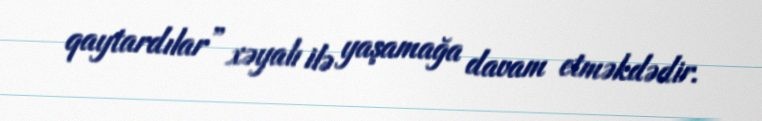
qaytardılar” xəyalı ilə yaşamağa davam etməkdədir.